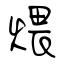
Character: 煨